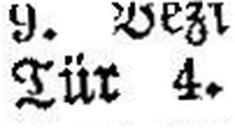
Tür 4.